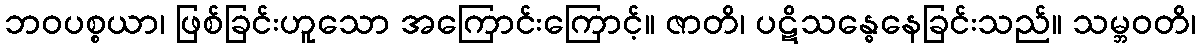
ဘဝပစ္စယာ၊ ဖြစ်ခြင်းဟူသော အကြောင်းကြောင့်။ ဇာတိ၊ ပဋိသန္ဓေနေခြင်းသည်။ သမ္ဘဝတိ၊